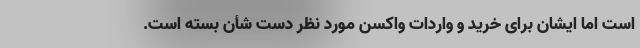
است اما ایشان برای خرید و واردات واکسن مورد نظر دست شأن بسته است.